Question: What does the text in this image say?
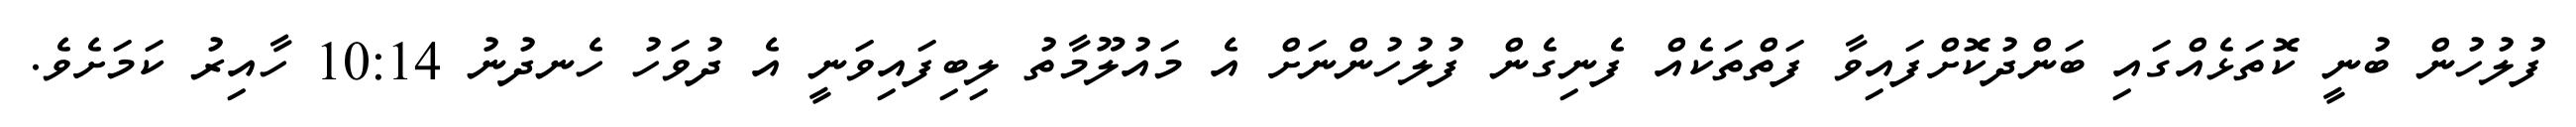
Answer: ފުލުހުން ބުނީ ކޮތަޅެއްގައި ބަންދުކޮށްފައިވާ ފަތްތަކެއް ފެނިގެން ފުލުހުންނަށް އެ މައުލޫމާތު ލިބިފައިވަނީ އެ ދުވަހު ހެނދުނު 10:14 ހާއިރު ކަމަށެވެ.